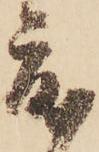
度